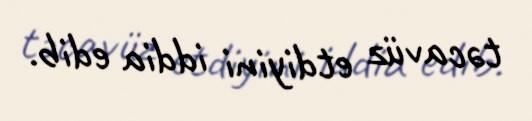
təcavüz etdiyini iddia edib.